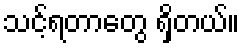
သင့်ရတာတွေ ရှိတယ်။